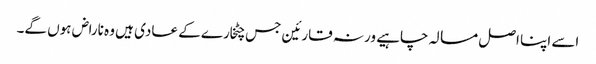
اسے اپنا اصل مسالہ چاہیے ورنہ قارئین جس چٹخارے کے عادی ہیں وہ ناراض ہوں گے۔